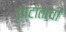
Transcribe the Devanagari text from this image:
दृष्टांताची